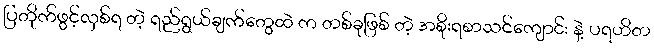
ပြတိုက်ဖွင့်လှစ်ရ တဲ့ ရည်ရွယ်ချက်တွေထဲ က တစ်ခုဖြစ် တဲ့ အစိုးရစာသင်ကျောင်း နဲ့ ပရဟိတ